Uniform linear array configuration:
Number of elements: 48
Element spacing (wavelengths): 0.5
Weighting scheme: cosine
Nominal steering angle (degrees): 15
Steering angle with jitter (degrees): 15.53
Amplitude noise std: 0.05
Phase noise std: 0.05

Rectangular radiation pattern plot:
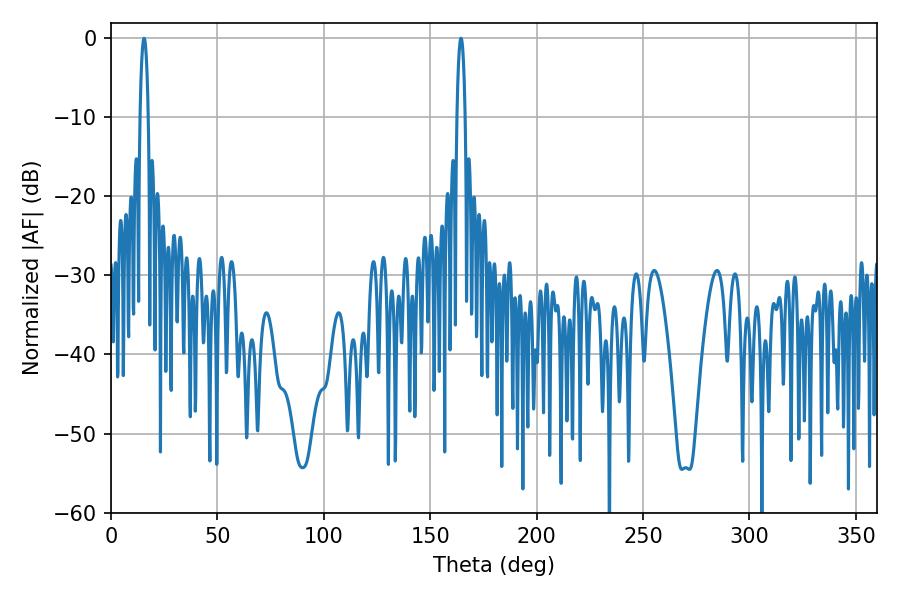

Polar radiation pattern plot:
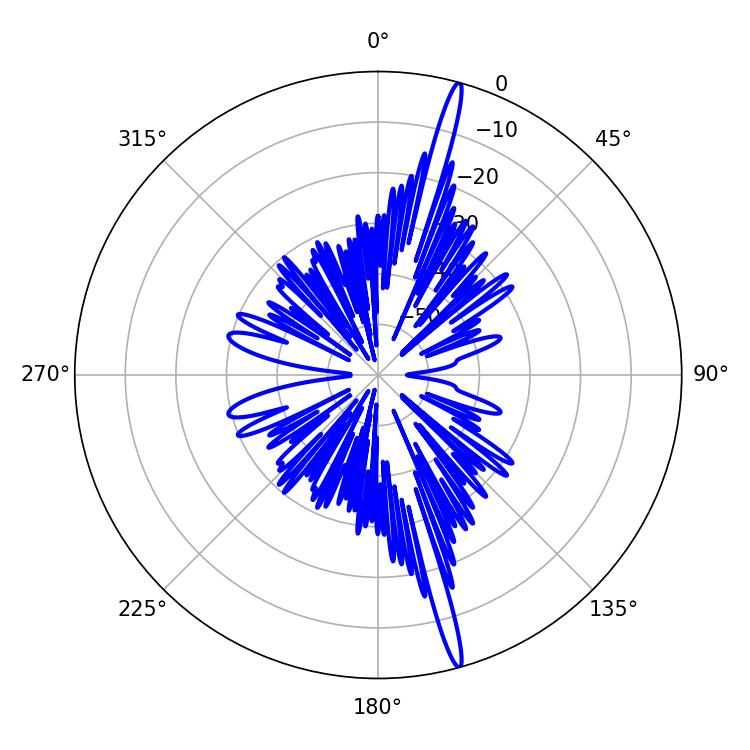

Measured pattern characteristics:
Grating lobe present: FALSE
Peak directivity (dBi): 19.369
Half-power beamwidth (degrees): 2.16
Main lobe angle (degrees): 15.48